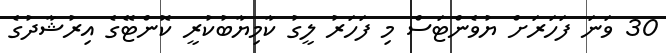
30 ވަނަ ފަހަރަށް ޔުވެންޓަސް މި ފަހަރު ލީގު ކާމިޔާބުކުރީ ކޮންޓޭގެ އިރުޝާދުގެ